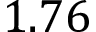
1 . 7 6